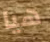
هيا